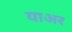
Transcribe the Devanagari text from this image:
याअर